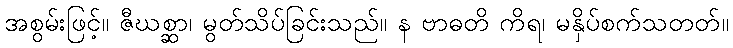
အစွမ်းဖြင့်။ ဇီဃစ္ဆာ၊ မွတ်သိပ်ခြင်းသည်။ န ဗာဓတိ ကိရ၊ မနှိပ်စက်သတတ်။